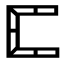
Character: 𠥓